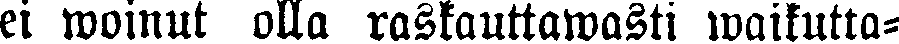
ei woinut olla raskauttawasti waikutta-